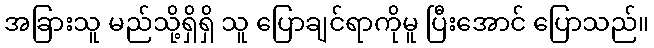
အခြားသူ မည်သို့ရှိရှိ သူ ပြောချင်ရာကိုမူ ပြီးအောင် ပြောသည်။